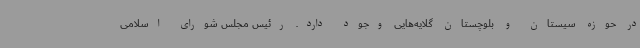
در حوزه سیستان و بلوچستان گلایه‌هایی وجود دارد. رئیس مجلس شورای اسلامی